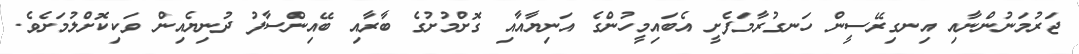
ޖަރުމަނުންނާއި އިނގިރޭސީން ހަނގުރާމަފެށީ އެބައިމީހުންގެ އަނިޔާއާއި ގޮށްމުށުގެ ބާރާއި ބޭއިންސާފު ދުނިޔެއިން ވަކިކޮށްލުމަށެވެ.